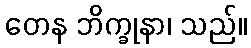
တေန ဘိက္ခုနာ၊ သည်။